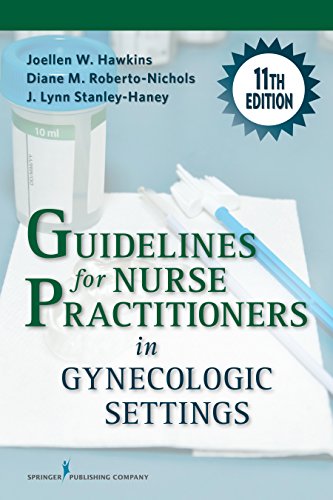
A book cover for Guidelines for Nurse Practitioners in Gynecologic Settings, 11th Edition; Joellen W. Hawkins RN  PhD  WHNP-BC  FAAN  FAANP; Medical Books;